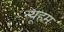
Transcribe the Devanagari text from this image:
न्यूहम